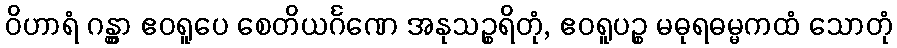
ဝိဟာရံ ဂန္တွာ ဧဝရူပေ စေတိယင်္ဂဏေ အနုသဉ္စရိတုံ, ဧဝရူပဉ္စ မဓုရဓမ္မကထံ သောတုံ